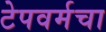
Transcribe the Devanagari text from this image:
टेपवर्मचा